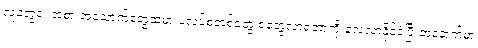
လူတွေရဲ့ အစားအသောက်တွေထဲမှာ ပလပ်စတစ်တွေ စတွေ့လာရတာကို လေ့လာနိုင်ခဲ့ပြီးတဲ့နောက်မှာ